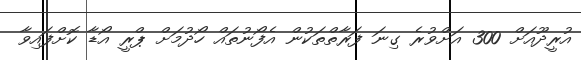
އުރީދޫއަށް 300 އަށްވުރެ ގިނަ ފަރާތްތަކުން އެފޯނުތައް ހޯދުމަށް ޕްރީ އޯޑާ ކޮށްފައިވާ